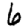
Digit: 6